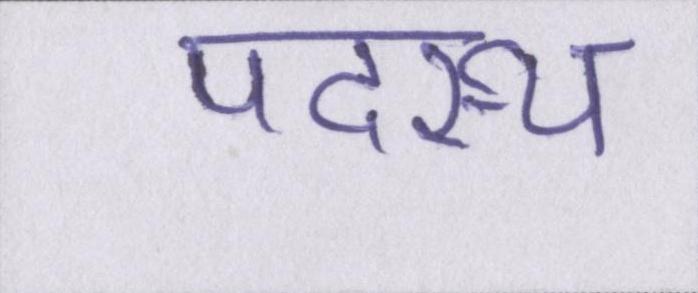
पदस्थ